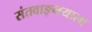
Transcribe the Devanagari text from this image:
संतवाङ्मयाला